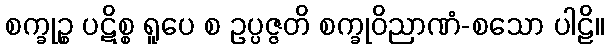
စက္ခုဉ္စ ပဋိစ္စ ရူပေ စ ဥပ္ပဇ္ဇတိ စက္ခုဝိညာဏံ-စသော ပါဠိ။